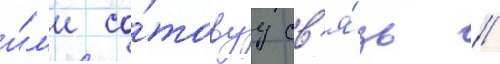
и́л'и со́товуу св'я́зь //